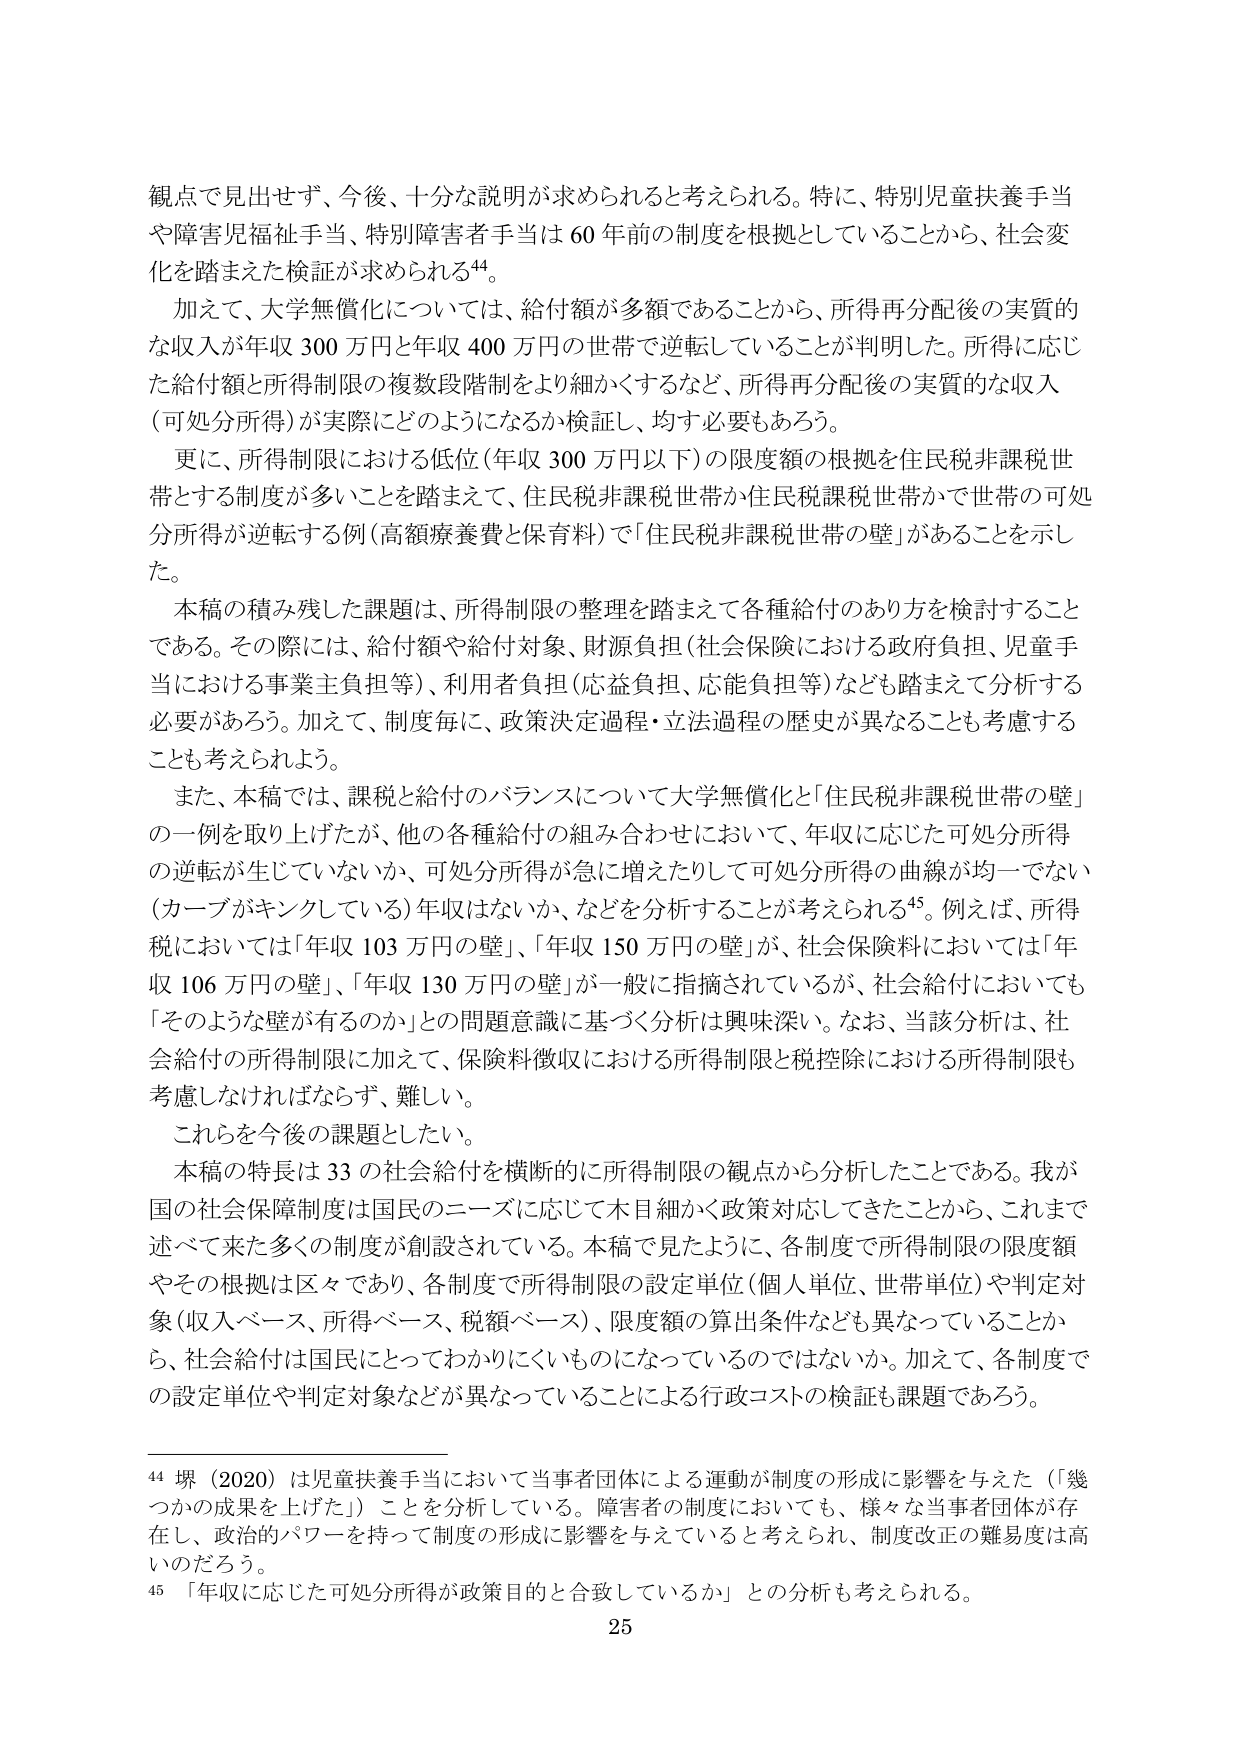
観点で見出せず、今後、十分な説明が求められると考えられる。特に、特別児童扶養手当や障害児福祉手当、特別障害者手当は60年前の制度を根拠としていることから、社会変化を踏まえた検証が求められる44。

加えて、大学無償化については、給付額が多額であることから、所得再分配後の実質的な収入が年収300万円と年収400万円の世帯で逆転していることが判明した。所得に応じた給付額と所得制限の複数段階制をより細かくするなど、所得再分配後の実質的な収入（可処分所得）が実際にどのようになるか検証し、均す必要もあろう。

更に、所得制限における低位（年収300万円以下）の限度額の根拠を住民税非課税世帯とする制度が多いことを踏まえて、住民税非課税世帯か住民税課税世帯かで世帯の可処分所得が逆転する例（高額療養費と保育料）で「住民税非課税世帯の壁」があることを示した。

本稿の積み残した課題は、所得制限の整理を踏まえて各種給付のあり方を検討することである。その際には、給付額や給付対象、財源負担（社会保険における政府負担、児童手当における事業主負担等）、利用者負担（応益負担、応能負担等）なども踏まえて分析する必要があろう。加えて、制度毎に、政策決定過程・立法過程の歴史が異なることも考慮することも考えられよう。

また、本稿では、課税と給付のバランスについて大学無償化と「住民税非課税世帯の壁」の一例を取り上げたが、他の各種給付の組み合わせにおいて、年収に応じた可処分所得の逆転が生じていないか、可処分所得が急に増えたりして可処分所得の曲線が均一でない（カーブがギンクしている）年収はないか、などを分析することが考えられる45。例えば、所得税においては「年収103万円の壁」、「年収150万円の壁」が、社会保険料においては「年収106万円の壁」、「年収130万円の壁」が一般に指摘されているが、社会給付においても「そのような壁が有るのか」との問題意識に基づく分析は興味深い。なお、当該分析は、社会給付の所得制限に加えて、保険料徴収における所得制限と税控除における所得制限も考慮しなければならず、難しい。

これらを今後の課題としたい。

本稿の特長は33の社会給付を横断的に所得制限の観点から分析したことである。我が国の社会保障制度は国民のニーズに応じて木目細かく政策対応してきたことから、これまで述べて来た多くの制度が創設されている。本稿で見たように、各制度で所得制限の限度額やその根拠は区々であり、各制度で所得制限の設定単位（個人単位、世帯単位）や判定対象（収入ベース、所得ベース、税額ベース）、限度額の算出条件なども異なっていることから、社会給付は国民にとってわかりにくいものになっているのではないか。加えて、各制度での設定単位や判定対象などが異なっていることによる行政コストの検証も課題であろう。

44 堺（2020）は児童扶養手当において当事者団体による運動が制度の形成に影響を与えた（「幾つかの成果を上げた」）ことを分析している。障害者の制度においても、様々な当事者団体が存在し、政治的パワーを持って制度の形成に影響を与えていると考えられ、制度改正の難易度は高いのだろう。

45 「年収に応じた可処分所得が政策目的と合致しているか」との分析も考えられる。

25